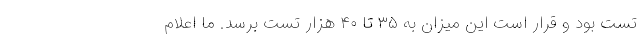
تست بود و قرار است این میزان به ۳۵ تا ۴۰ هزار تست برسد. ما اعلام